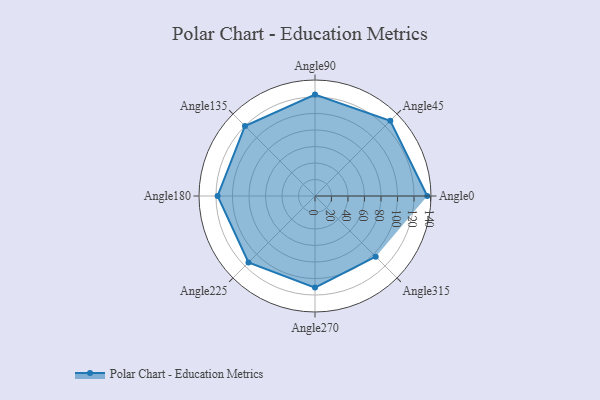
{"axis": {"x": "Angle", "y": "Radius"}, "legend": [""], "data": [{"x": "Angle0", "y": 136.0, "type": ""}, {"x": "Angle45", "y": 129.0, "type": ""}, {"x": "Angle90", "y": 123.0, "type": ""}, {"x": "Angle135", "y": 120.0, "type": ""}, {"x": "Angle180", "y": 118.0, "type": ""}, {"x": "Angle225", "y": 114.0, "type": ""}, {"x": "Angle270", "y": 111.0, "type": ""}, {"x": "Angle315", "y": 104.0, "type": ""}]}